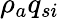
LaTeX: \rho_{a}q_{si}